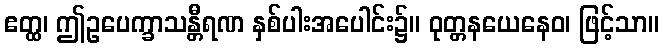
ဧတ္ထ၊ ဤဥပေက္ခာသန္တီရဏ နှစ်ပါးအပေါင်း၌။ ဝုတ္တနယေနေဝ၊ ဖြင့်သာ။